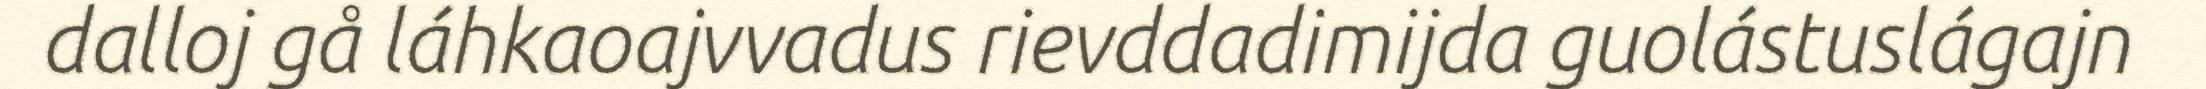
dalloj gå láhkaoajvvadus rievddadimijda guolástuslágajn